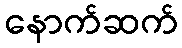
နောက်ဆက်